Annual report of the Imperial Bacteriological Laboratory, Muktesar
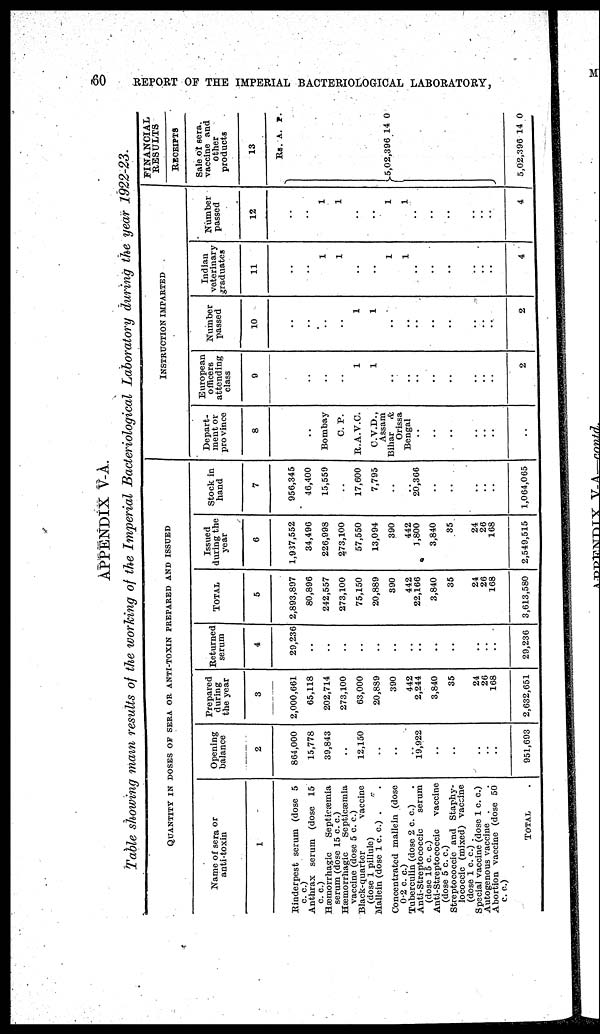
60
REPORT OF THE IMPERIAL BACTERIOLOGICAL LABORATORY,
Table showing main results of the working of the Imperial Bacteriological Laboratory during the year 1922-23.
QUANTITY IN DOSES OF SERA OR ANTI-TOXIN PREPARED AND ISSUED
Name of sera or
anti-toxin
1
Rinderpest serum (dose 5
c. c.)
Anthrax serum (dose 15
c. c.)
Hæmorrhagic
Septicæmia
serum (dose 15 c. c.)
Hæmorrhagic
Septicæmia
vaccine (dose 5 c. c.)
Black-quarter
vaccine
(dose 1 pillule)
Mallein (dose 1 c. c.) . .
Concentrated mallein (dose
0.2 c. c.)
Tuberculin (dose 2 c. c.)
Anti-Streptococcic
serum
(dose 15 c. c.)
Anti-Streptococcic
vaccine
(dose 5 c. c.)
Streptococcic and Staphy-
lococcic (mixed) vaccine
(dose 1 c. c.) .
Special vaccine (dose 1 c. c.)
Autogenous vaccine .
Abortion vaccine (dose 50
c. c.)
TOTAL
Opening
balance
2
864,000
15,778
39,843
..
12,150
..
..
.. 19,922
..
..
..
..
..
951,693
Prepared
during
the year
3
2,000,661
65,118
202,714
273,100
63,000
20,889
390
442
2,244
3,840
35
24
26
168
2,632,651
Returned
serum
4
29,236
..
..
..
..
..
..
..
..
..
..
..
..
..
29,236
TOTAL
5
2,893,897
80,896
242,557
273,100
75,150
20,889
390
442
22,166
3,840
35
24
26
168
3,613,580
Issued
during the
year
6
1,937,552
34,496
226,998
273,100
57,550
13,094
390
442
1,800
3,840
35
24
26
168
2,549,515
Stock in
hand
7
956,345
46,400
15,559
..
17,600
7,795
..
.. 20,366
..
..
..
..
..
1,064,065
INSTRUCTION IMPARTED
Depart-
ment or
province
8
..
..
Bombay
C. P.
R.A.V.C.
C.V.D.,
Assam
Bihar &
Orissa
Bengal
..
..
..
..
..
..
..
European
officers
attending
class
9
..
..
..
..
1
1
..
..
..
..
..
..
..
..
2
Number
passed
10
..
..
..
..
1
1
..
..
..
..
..
..
..
..
2
Indian
veterinary
graduates
11
..
..
1
1
..
..
1
1
..
..
..
..
..
..
4
Number
passed
12
..
..
1
1
..
..
1
1
..
..
..
..
..
..
4
FINANCIAL
RESULTS
RECEIPTS
Sale of sera.
vaccine and
other
products
13
RS.
}5,02,396
5,02,396
A.
14
14
P.
0
0